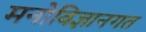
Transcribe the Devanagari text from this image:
मनोविज्ञानगत